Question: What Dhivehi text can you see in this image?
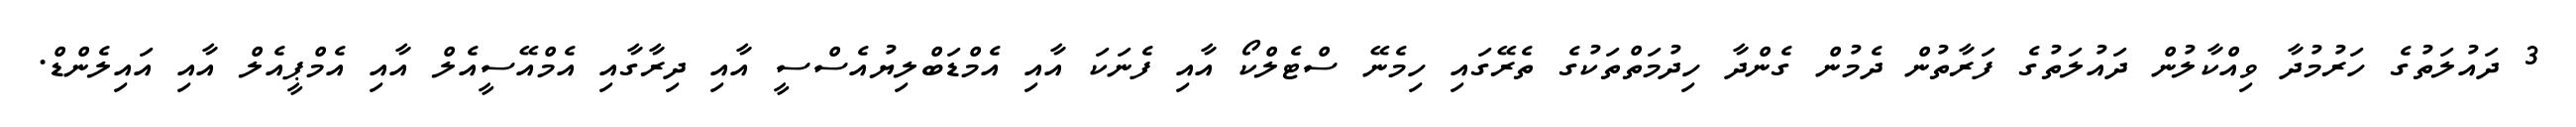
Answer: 3 ދައުލަތުގެ ހަރުމުދާ ވިއްކާލުން ދައުލަތުގެ ފަރާތުން ދެމުން ގެންދާ ހިދުމަތްތަކުގެ ތެރޭގައި ހިމެނޭ ސްޓެލްކޯ އާއި ފެނަކަ އާއި އެމްޑަބްލިޔުއެސްސީ އާއި ދިރާގާއި އެމްއޭސީއެލް އާއި އެމްޕީއެލް އާއި އައިލެންޑް.